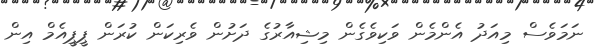
ނަމަވެސް މިއަދު އެންމެން ވަކިވެގެން މިޝިއާރުގެ ދަށުން ވެރިކަން ކުރަން ޕީޕީއެމް އިން